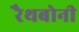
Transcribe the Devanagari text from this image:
रैथबोनी